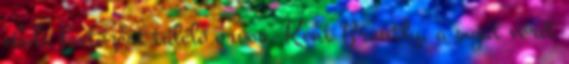
ebola fertőzést túlélő orvos, Kent Brantly, a saját vérét